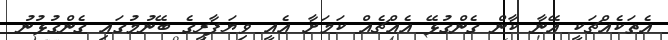
އެތަކެއްޗަކީ އޭނާ ކާން ގެންގުޅޭ އެއްޗެއް ކަމަށާ އެއީ ވިޔަފާރީގެ ބޭނުމުގައި ގެންގުޅުނު